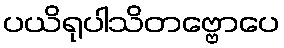
ပယိရုပါသိတဗ္ဗောပေ